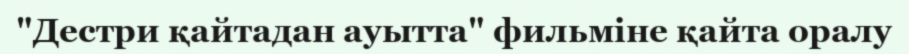
"Дестри қайтадан ауытта" фильміне қайта оралу